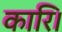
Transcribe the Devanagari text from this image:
कारि।